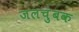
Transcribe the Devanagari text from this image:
जलचुंबक